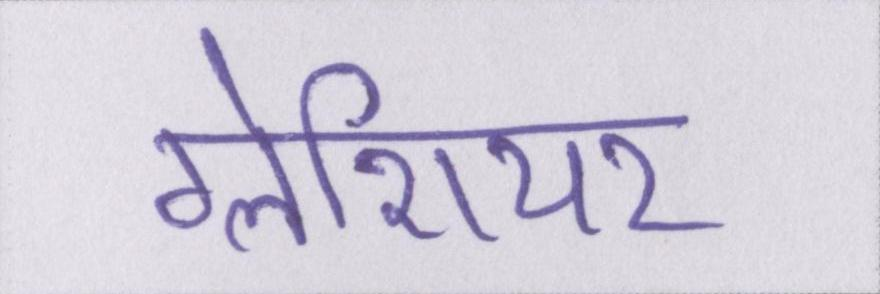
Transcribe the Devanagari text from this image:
ग्लेशियर